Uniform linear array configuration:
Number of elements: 4
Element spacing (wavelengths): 0.25
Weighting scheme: binomial
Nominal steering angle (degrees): -45
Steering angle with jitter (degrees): -43.106
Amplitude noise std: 0.05
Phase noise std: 0.05

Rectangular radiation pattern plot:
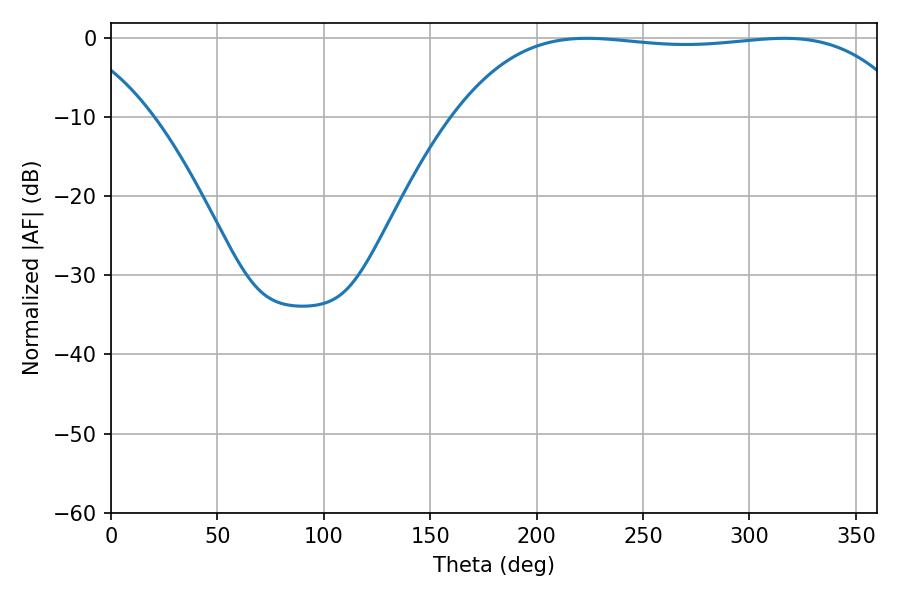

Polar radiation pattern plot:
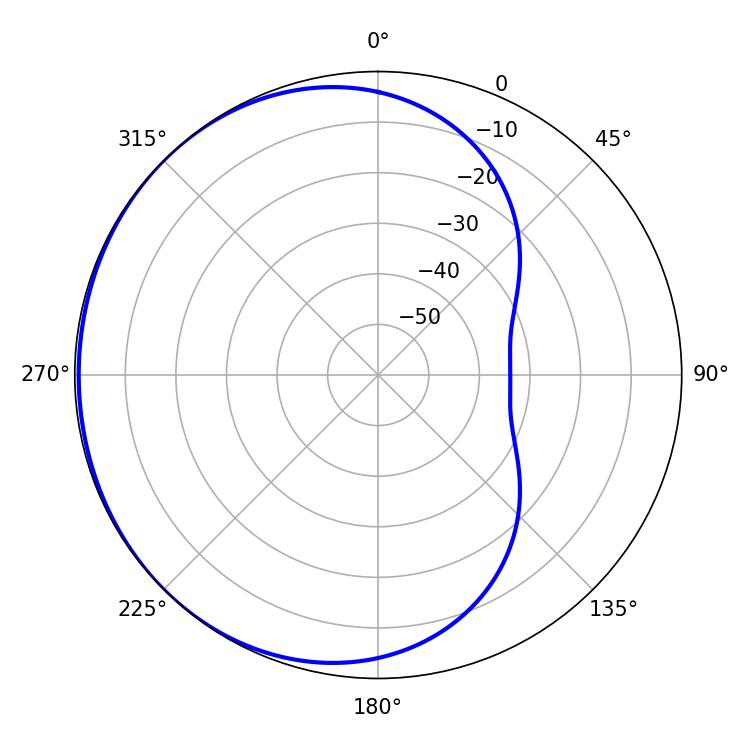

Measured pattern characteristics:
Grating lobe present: FALSE
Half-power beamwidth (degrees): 169.2
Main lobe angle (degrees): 223.56